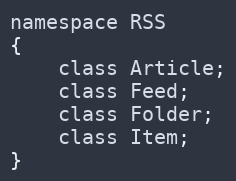
Language: C
namespace RSS
{
    class Article;
    class Feed;
    class Folder;
    class Item;
}